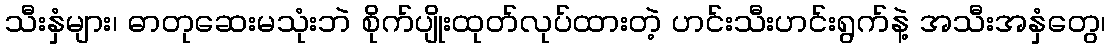
သီးနှံများ၊ ဓာတုဆေးမသုံးဘဲ စိုက်ပျိုးထုတ်လုပ်ထားတဲ့ ဟင်းသီးဟင်းရွက်နဲ့ အသီးအနှံတွေ၊